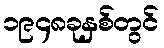
၁၉၄၈ခုနှစ်တွင်